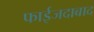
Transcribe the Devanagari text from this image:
फाईजदाबाद